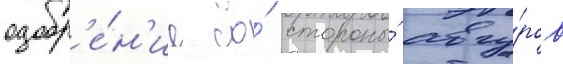
одобр'е́н'ие со́ стороны́ авгу́ров